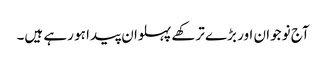
آج نوجوان اور بڑے ترکھے پہلوان پیدا ہو رہے ہیں۔